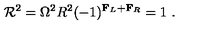
{ \cal R } ^ { 2 } = \Omega ^ { 2 } R ^ { 2 } ( - 1 ) ^ { { \bf F } _ { L } + { \bf F } _ { R } } = 1 \ .